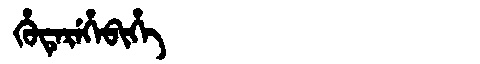
Manchu: ᡥᡠᡨᡝᡵᡝᡥᡝᠪᡳᡥᡝ
Romanization: HUTEREHEBIHE